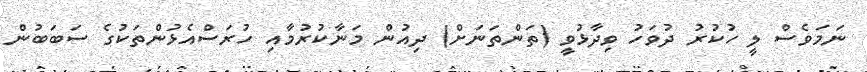
ނަމަވެސް ލީ ހުކުރު ދުވަހު ވިދާޅުވީ (ތަންތަނަށް) ދިއުން މަނާކުރުމާއި ހުރަސްއެޅުންތަކުގެ ސަބަބުން